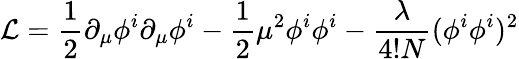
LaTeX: {\cal L}=\frac{1}{2}\partial_{\mu}\phi^{i}\partial_{\mu}\phi^{i}-\frac{1}{2}\mu^{2}\phi^{i}\phi^{i}-\frac{\lambda}{4!N}(\phi^{i}\phi^{i})^{2}